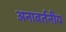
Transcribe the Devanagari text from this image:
अनावर्तनीय